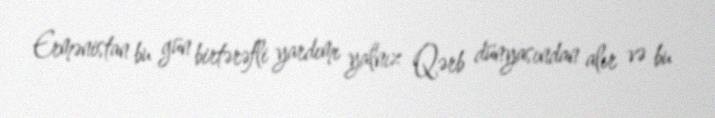
Ermənistan bu gün birtərəfli yardımı yalnız Qərb dünyasından alır və bu